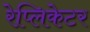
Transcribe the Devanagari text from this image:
रेप्लिकेटर